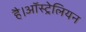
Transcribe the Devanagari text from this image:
है।ऑस्ट्रेलियन